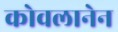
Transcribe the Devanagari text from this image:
कोवलानेन